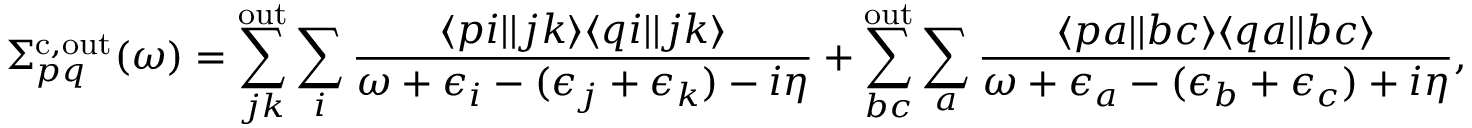
\Sigma _ { p q } ^ { \mathrm { c , o u t } } ( \omega ) = \sum _ { j k } ^ { \mathrm { o u t } } \sum _ { i } \frac { \langle p i | | j k \rangle \langle q i | | j k \rangle } { \omega + \epsilon _ { i } - ( \epsilon _ { j } + \epsilon _ { k } ) - i \eta } + \sum _ { b c } ^ { \mathrm { o u t } } \sum _ { a } \frac { \langle p a | | b c \rangle \langle q a | | b c \rangle } { \omega + \epsilon _ { a } - ( \epsilon _ { b } + \epsilon _ { c } ) + i \eta } ,